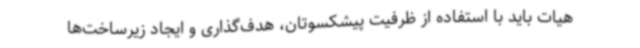
هیات باید با استفاده از ظرفیت پیشکسوتان، هدف‌گذاری و ایجاد زیرساخت‌ها